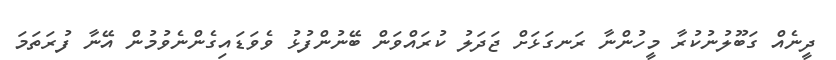
ދީނެއް ގަބޫލުނުކުރާ މީހުންނާ ރަނގަޅަށް ޖަދަލު ކުރައްވަން ބޭނުންފުޅު ވެވަޑައިގެންނެވުމުން އޭނާ ފުރަތަމަ